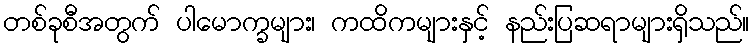
တစ်ခုစီအတွက် ပါမောက္ခများ၊ ကထိကများနှင့် နည်းပြဆရာများရှိသည်။